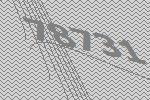
78731